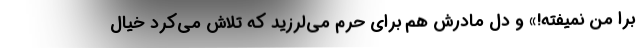
برا من نمیفته!» و دل مادرش هم برای حرم می‌لرزید که تلاش می‌کرد خیال